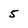
Character: 5